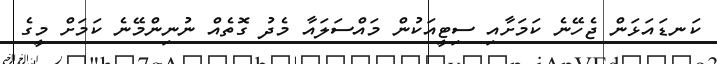
ކަނޑައަޅަން ޖެހޭނެ ކަމަށާއި ސިޓީއަކުން މައްސަލައާ މެދު ގޮތެއް ނުނިންމޭނެ ކަމަށް މީގެ